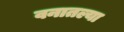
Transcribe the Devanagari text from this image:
वनातल्या